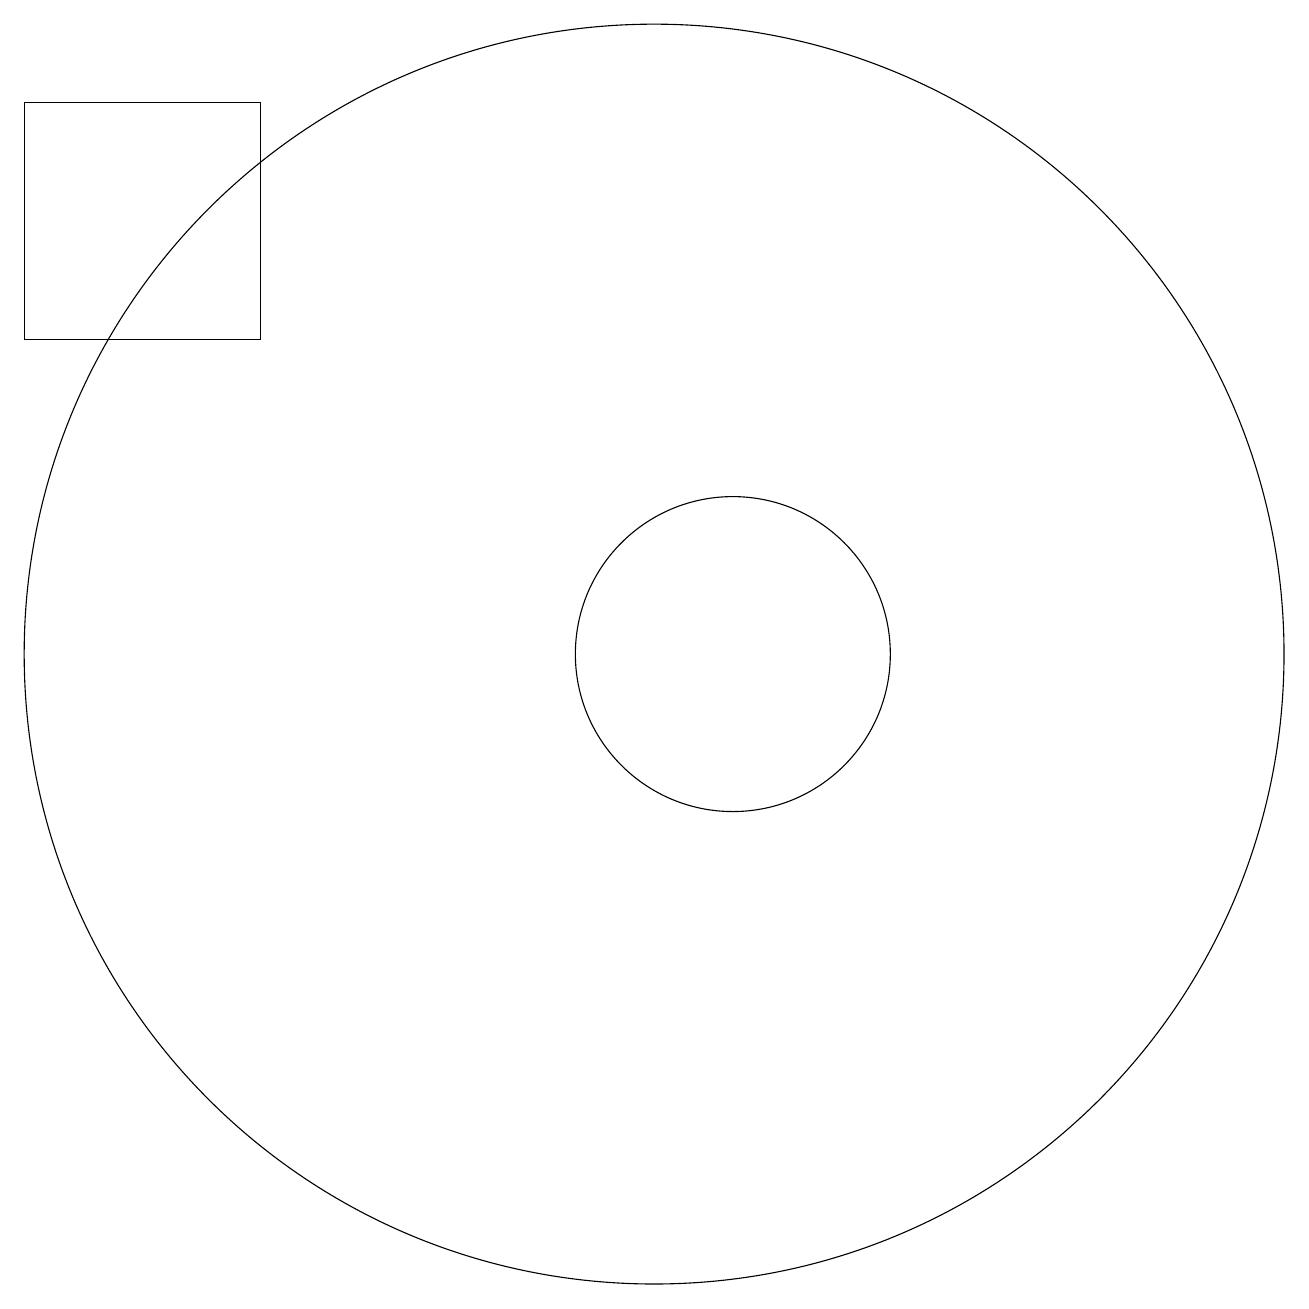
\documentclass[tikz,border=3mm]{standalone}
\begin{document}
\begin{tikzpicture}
\draw (10,11) circle (8);
\draw (11,11) circle (2);
\draw (5,15) rectangle (2,18);
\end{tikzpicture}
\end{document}